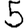
Digit: 5